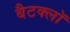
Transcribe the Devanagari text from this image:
बैटक्लॉ